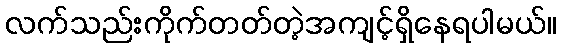
လက်သည်းကိုက်တတ်တဲ့အကျင့်ရှိနေရပါမယ်။